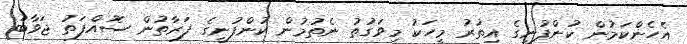
އެހެންކަމުން ކުންފުނީގެ އިތުރު މީހަކު މިވަގުތު ނެތުމުން ކުންފުނީގެ ފަރާތުން ސޮއްފަތު ޖަވާބު